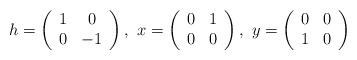
LaTeX: \begin{align*}h =\left(\begin{array}{cc}1 & 0 \\0 & -1 \\\end{array}\right),\ x =\left(\begin{array}{cc}0 & 1 \\0 & 0 \\\end{array}\right),\ y = \left(\begin{array}{cc}0 & 0 \\1 & 0 \\\end{array}\right)\end{align*}